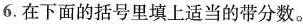
6. 在下面的括号里填上适当的带分数。